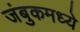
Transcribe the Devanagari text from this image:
जंबुकमध्ये